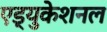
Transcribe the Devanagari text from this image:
एड्युकेशनल